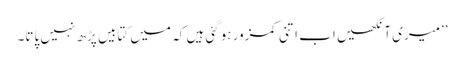
’’میری آنکھیں اب اتنی کمزور ہوگئی ہیں کہ میں کتابیں پڑھ نہیں پاتا۔